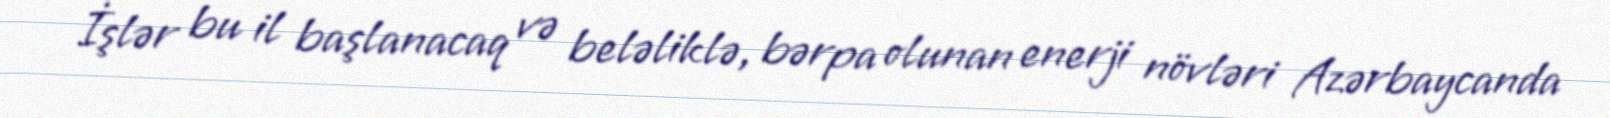
İşlər bu il başlanacaq və beləliklə, bərpa olunan enerji növləri Azərbaycanda